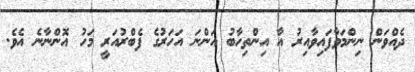
ދެއްވަން ނިންމަވާފައިވާއިރު އާ އިންތިހާބު އަންނަ އަހަރުގެ ފެބްރުއަރީ މަހު އޮންނާނެ އެވެ.